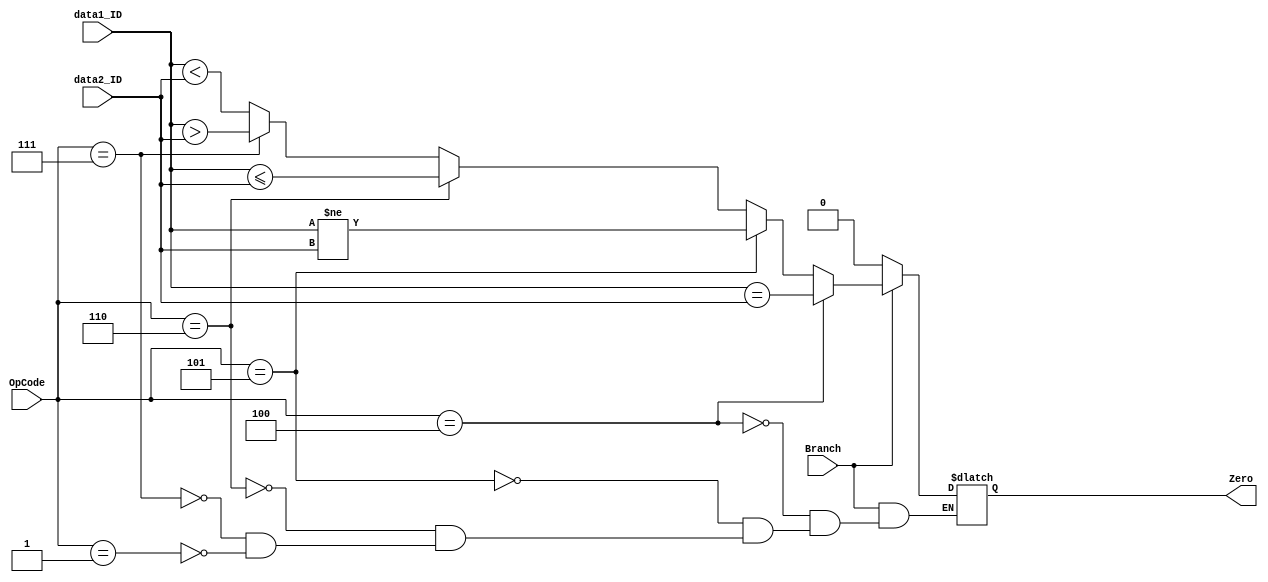
// This program was cloned from: https://github.com/TCL606/MipsPipeline
// License: MIT License

`timescale 1ns / 1ps
module BranchJudge(
    input wire [5:0] OpCode,
    input wire [31:0] data1_ID,
    input wire [31:0] data2_ID,
    input wire Branch,
    output reg Zero
);

    always@(*) begin
        if(Branch) begin
            if(OpCode == 6'h04) begin       // beq
                Zero <= data1_ID == data2_ID;
            end
            else if(OpCode == 6'h05) begin  // bne
                Zero <= data1_ID != data2_ID;
            end
            else if(OpCode == 6'h06) begin  // blez
                Zero <= (data1_ID <= data2_ID);
            end
            else if(OpCode == 6'h07) begin  // bgtz
                Zero <= (data1_ID > data2_ID);
            end
            else if(OpCode == 6'h01) begin  // bltz
                Zero <= (data1_ID < data2_ID);
            end
            else begin
                Zero <= Zero;
            end
        end
        else begin
            Zero <= 0;
        end
    end

endmodule